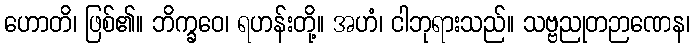
ဟောတိ၊ ဖြစ်၏။ ဘိက္ခဝေ၊ ရဟန်းတို့။ အဟံ၊ ငါဘုရားသည်။ သဗ္ဗညုတဉာဏေန၊